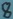
Text: 8